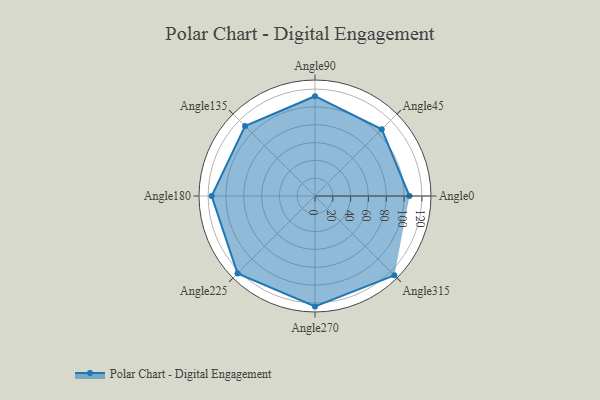
{"axis": {"x": "Angle", "y": "Radius"}, "legend": [""], "data": [{"x": "Angle0", "y": 106.0, "type": ""}, {"x": "Angle45", "y": 106.0, "type": ""}, {"x": "Angle90", "y": 112.0, "type": ""}, {"x": "Angle135", "y": 111.0, "type": ""}, {"x": "Angle180", "y": 116.0, "type": ""}, {"x": "Angle225", "y": 123.0, "type": ""}, {"x": "Angle270", "y": 124.0, "type": ""}, {"x": "Angle315", "y": 126.0, "type": ""}]}